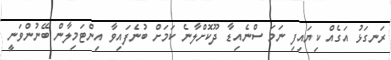
ރަނގަޅު އަގެއް ކިޔައިފި ނަމަ ސްނެއިޑާ ދޫކޮށްލާނެ ކަމަށް ބުނެފައިވާ އިންޓަމިލާން ބޭނުންވަނީ